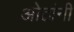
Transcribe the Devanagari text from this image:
ओठांनी